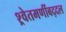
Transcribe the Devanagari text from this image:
श्र्वेतमणींबद्दल